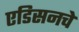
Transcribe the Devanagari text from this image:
एडिसनचे